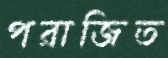
পরাজিত